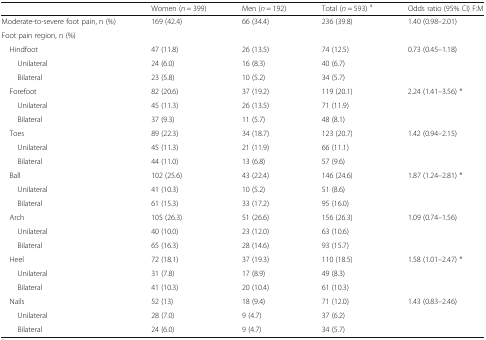
<table><thead><tr><td></td><td><b>Women (<i>n</i> = 399)</b></td><td><b>Men (<i>n</i> = 192)</b></td><td><b>Total (<i>n</i> = 593) <sup>a</sup></b></td><td><b>Odds ratio (95% CI) F:M</b></td></tr></thead><tbody><tr><td>Moderate-to-severe foot pain, n (%)</td><td>169 (42.4)</td><td>66 (34.4)</td><td>236 (39.8)</td><td>1.40 (0.98–2.01)</td></tr><tr><td colspan="5">Foot pain region, n (%)</td></tr><tr><td> Hindfoot</td><td>47 (11.8)</td><td>26 (13.5)</td><td>74 (12.5)</td><td>0.73 (0.45–1.18)</td></tr><tr><td>Unilateral</td><td>24 (6.0)</td><td>16 (8.3)</td><td>40 (6.7)</td><td></td></tr><tr><td>Bilateral</td><td>23 (5.8)</td><td>10 (5.2)</td><td>34 (5.7)</td><td></td></tr><tr><td> Forefoot</td><td>82 (20.6)</td><td>37 (19.2)</td><td>119 (20.1)</td><td>2.24 (1.41–3.56) *</td></tr><tr><td>Unilateral</td><td>45 (11.3)</td><td>26 (13.5)</td><td>71 (11.9)</td><td></td></tr><tr><td>Bilateral</td><td>37 (9.3)</td><td>11 (5.7)</td><td>48 (8.1)</td><td></td></tr><tr><td> Toes</td><td>89 (22.3)</td><td>34 (18.7)</td><td>123 (20.7)</td><td>1.42 (0.94–2.15)</td></tr><tr><td>Unilateral</td><td>45 (11.3)</td><td>21 (11.9)</td><td>66 (11.1)</td><td></td></tr><tr><td>Bilateral</td><td>44 (11.0)</td><td>13 (6.8)</td><td>57 (9.6)</td><td></td></tr><tr><td> Ball</td><td>102 (25.6)</td><td>43 (22.4)</td><td>146 (24.6)</td><td>1.87 (1.24–2.81) *</td></tr><tr><td>Unilateral</td><td>41 (10.3)</td><td>10 (5.2)</td><td>51 (8.6)</td><td></td></tr><tr><td>Bilateral</td><td>61 (15.3)</td><td>33 (17.2)</td><td>95 (16.0)</td><td></td></tr><tr><td> Arch</td><td>105 (26.3)</td><td>51 (26.6)</td><td>156 (26.3)</td><td>1.09 (0.74–1.56)</td></tr><tr><td>Unilateral</td><td>40 (10.0)</td><td>23 (12.0)</td><td>63 (10.6)</td><td></td></tr><tr><td>Bilateral</td><td>65 (16.3)</td><td>28 (14.6)</td><td>93 (15.7)</td><td></td></tr><tr><td> Heel</td><td>72 (18.1)</td><td>37 (19.3)</td><td>110 (18.5)</td><td>1.58 (1.01–2.47) *</td></tr><tr><td>Unilateral</td><td>31 (7.8)</td><td>17 (8.9)</td><td>49 (8.3)</td><td></td></tr><tr><td>Bilateral</td><td>41 (10.3)</td><td>20 (10.4)</td><td>61 (10.3)</td><td></td></tr><tr><td> Nails</td><td>52 (13)</td><td>18 (9.4)</td><td>71 (12.0)</td><td>1.43 (0.83–2.46)</td></tr><tr><td>Unilateral</td><td>28 (7.0)</td><td>9 (4.7)</td><td>37 (6.2)</td><td></td></tr><tr><td>Bilateral</td><td>24 (6.0)</td><td>9 (4.7)</td><td>34 (5.7)</td><td></td></tr></tbody></table>